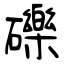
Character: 礫